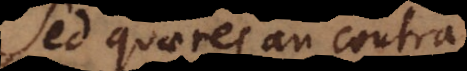
Sed quaeres an contrarium